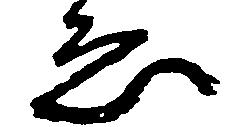
ゑ